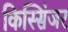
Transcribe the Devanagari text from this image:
किस्सिंजर